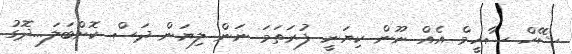
ޝެޭހް ސާހީީމް އެއް ނޫން ކިޔަނީ ފުރަތަމަ ނަން ލިޔަން ދަސް ކޮށްބަލަ...ދޮގު